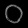
Digit: ၀